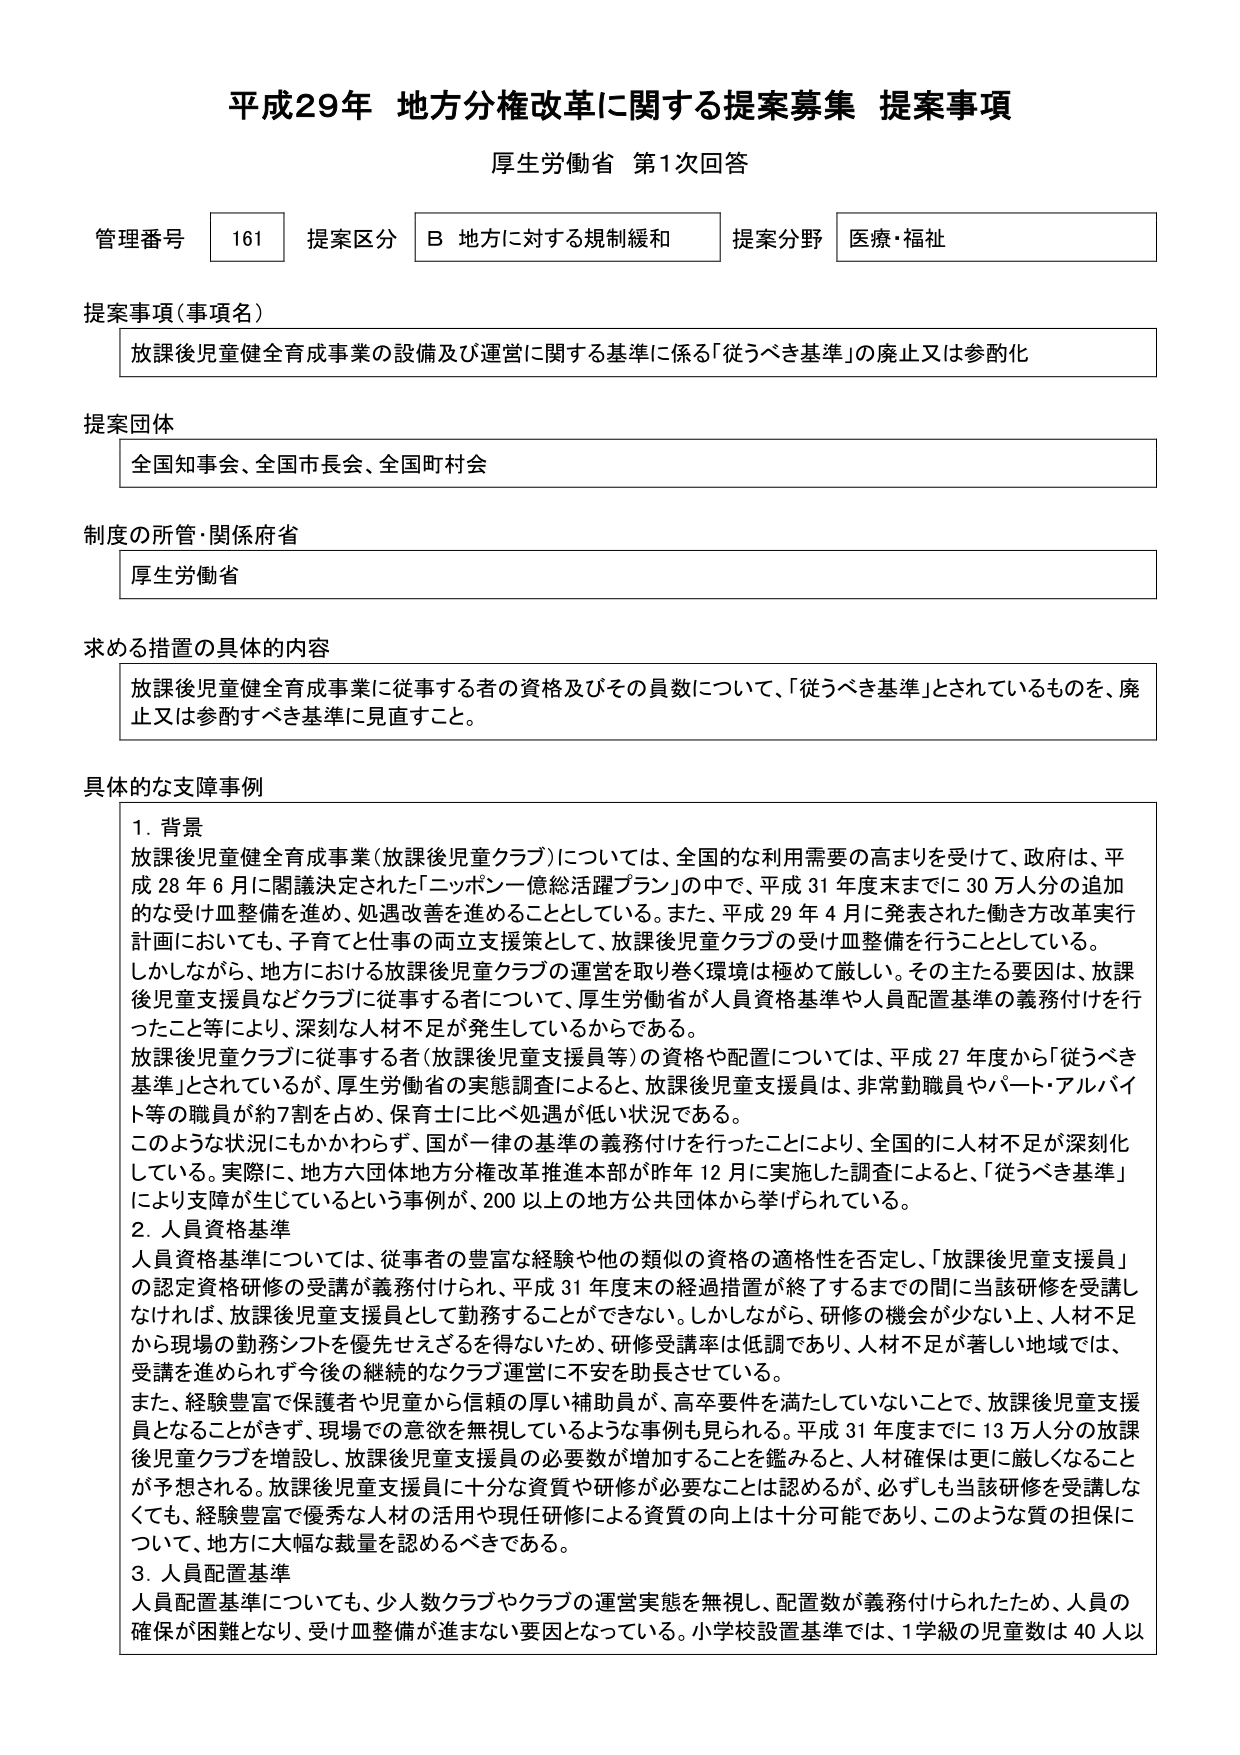
平成29年 地方分権改革に関する提案募集 提案事項
厚生労働省 第1次回答

管理番号 161 提案区分 B 地方に対する規制緩和 提案分野 医療・福祉

提案事項（事項名）
放課後児童健全育成事業の設備及び運営に関する基準に係る「従うべき基準」の廃止又は参酌化

提案団体
全国知事会、全国市長会、全国町村会

制度の所管・関係府省
厚生労働省

求める措置の具体的内容
放課後児童健全育成事業に従事する者の資格及びその員数について、「従うべき基準」とされているものを、廃止又は参酌すべき基準に見直すこと。

具体的な支障事例
1. 背景
放課後児童健全育成事業（放課後児童クラブ）については、全国的な利用需要の高まりを受けて、政府は、平成28年6月に閣議決定された「ニッポン一億総活躍プラン」の中で、平成31年度末までに30万人分の追加的な受け皿整備を進め、処遇改善を進めることとしている。また、平成29年4月に発表された働き方改革実行計画においても、子育てと仕事の両立支援策として、放課後児童クラブの受け皿整備を行うこととしている。
しかしながら、地方における放課後児童クラブの運営を取り巻く環境は極めて厳しい。その主たる要因は、放課後児童支援員などクラブに従事する者について、厚生労働省が人員資格基準や人員配置基準の義務付けを行ったこと等により、深刻な人材不足が発生しているからである。
放課後児童クラブに従事する者（放課後児童支援員等）の資格や配置については、平成27年度から「従うべき基準」とされているが、厚生労働省の実態調査によると、放課後児童支援員は、非常勤職員やパート・アルバイト等の職員が約7割を占め、保育士に比べ処遇が低い状況である。
このような状況にもかかわらず、国が一律の基準の義務付けを行ったことにより、全国的に人材不足が深刻化している。実際に、地方六団体地方分権改革推進本部が昨年12月に実施した調査によると、「従うべき基準」により支障が生じているという事例が、200以上の地方公共団体から挙げられている。

2. 人員資格基準
人員資格基準については、従事者の豊富な経験や他の類似の資格の適格性を否定し、「放課後児童支援員」の認定資格研修の受講が義務付けられ、平成31年度末の経過措置が終了するまでの間に当該研修を受講しなければ、放課後児童支援員として勤務することができない。しかしながら、研修の機会が少ない上、人材不足から現場の勤務シフトを優先せざるを得ないため、研修受講率は低調であり、人材不足が著しい地域では、受講を進められず今後の継続的なクラブ運営に不安を助長させている。
また、経験豊富で保護者や児童から信頼の厚い補助員が、高卒要件を満たしていないことで、放課後児童支援員となることができず、現場での意欲を無視しているような事例も見られる。平成31年度までに13万人分の放課後児童クラブを増設し、放課後児童支援員の必要数が増加することを鑑みると、人材確保は更に厳しくなることが予想される。放課後児童支援員に十分な資質や研修が必要なことは認めるが、必ずしも当該研修を受講しなくても、経験豊富で優秀な人材の活用や現任研修による資質の向上は十分可能であり、このような質の担保について、地方に大幅な裁量を認めるべきである。

3. 人員配置基準
人員配置基準についても、少人数クラブやクラブの運営実態を無視し、配置数が義務付けられたため、人員の確保が困難となり、受け皿整備が進まない要因となっている。小学校設置基準では、1学級の児童数は40人以